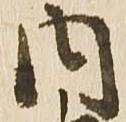
内